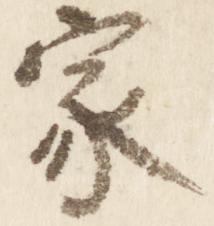
家